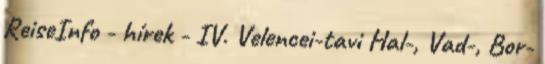
ReiseInfo - hírek - IV. Velencei-tavi Hal-, Vad-, Bor-